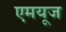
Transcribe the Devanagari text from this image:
एमयूज